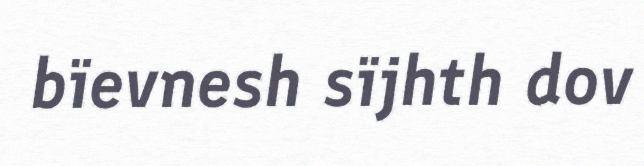
bïevnesh sïjhth dov